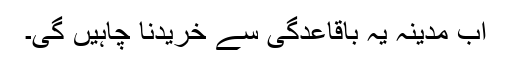
اب مدینہ یہ باقاعدگی سے خریدنا چاہیں گی۔